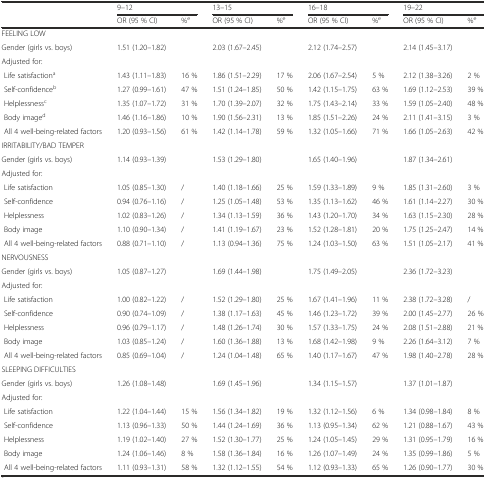
<table><thead><tr><td></td><td colspan="2"><b>9–12</b></td><td colspan="2"><b>13–15</b></td><td colspan="2"><b>16–18</b></td><td colspan="2"><b>19–22</b></td></tr><tr><td></td><td><b>OR (95 % CI)</b></td><td><b>%<sup>e</sup></b></td><td><b>OR (95 % CI)</b></td><td><b>%<sup>e</sup></b></td><td><b>OR (95 % CI)</b></td><td><b>%<sup>e</sup></b></td><td><b>OR (95 % CI)</b></td><td><b>%<sup>e</sup></b></td></tr></thead><tbody><tr><td>FEELING LOW</td><td></td><td></td><td></td><td></td><td></td><td></td><td></td><td></td></tr><tr><td>Gender (girls vs. boys)</td><td>1.51 (1.20–1.82)</td><td></td><td>2.03 (1.67–2.45)</td><td></td><td>2.12 (1.74–2.57)</td><td></td><td>2.14 (1.45–3.17)</td><td></td></tr><tr><td>Adjusted for:</td><td></td><td></td><td></td><td></td><td></td><td></td><td></td><td></td></tr><tr><td> Life satisfaction<sup>a</sup></td><td>1.43 (1.11–1.83)</td><td>16 %</td><td>1.86 (1.51–2.29)</td><td>17 %</td><td>2.06 (1.67–2.54)</td><td>5 %</td><td>2.12 (1.38–3.26)</td><td>2 %</td></tr><tr><td> Self-confidence<sup>b</sup></td><td>1.27 (0.99–1.61)</td><td>47 %</td><td>1.51 (1.24–1.85)</td><td>50 %</td><td>1.42 (1.15–1.75)</td><td>63 %</td><td>1.69 (1.12–2.53)</td><td>39 %</td></tr><tr><td> Helplessness<sup>c</sup></td><td>1.35 (1.07–1.72)</td><td>31 %</td><td>1.70 (1.39–2.07)</td><td>32 %</td><td>1.75 (1.43–2.14)</td><td>33 %</td><td>1.59 (1.05–2.40)</td><td>48 %</td></tr><tr><td> Body image<sup>d</sup></td><td>1.46 (1.16–1.86)</td><td>10 %</td><td>1.90 (1.56–2.31)</td><td>13 %</td><td>1.85 (1.51–2.26)</td><td>24 %</td><td>2.11 (1.41–3.15)</td><td>3 %</td></tr><tr><td> All 4 well-being-related factors</td><td>1.20 (0.93–1.56)</td><td>61 %</td><td>1.42 (1.14–1.78)</td><td>59 %</td><td>1.32 (1.05–1.66)</td><td>71 %</td><td>1.66 (1.05–2.63)</td><td>42 %</td></tr><tr><td>IRRITABILITY/BAD TEMPER</td><td></td><td></td><td></td><td></td><td></td><td></td><td></td><td></td></tr><tr><td>Gender (girls vs. boys)</td><td>1.14 (0.93–1.39)</td><td></td><td>1.53 (1.29–1.80)</td><td></td><td>1.65 (1.40–1.96)</td><td></td><td>1.87 (1.34–2.61)</td><td></td></tr><tr><td>Adjusted for:</td><td></td><td></td><td></td><td></td><td></td><td></td><td></td><td></td></tr><tr><td> Life satisfaction</td><td>1.05 (0.85–1.30)</td><td>/</td><td>1.40 (1.18–1.66)</td><td>25 %</td><td>1.59 (1.33–1.89)</td><td>9 %</td><td>1.85 (1.31–2.60)</td><td>3 %</td></tr><tr><td> Self-confidence</td><td>0.94 (0.76–1.16)</td><td>/</td><td>1.25 (1.05–1.48)</td><td>53 %</td><td>1.35 (1.13–1.62)</td><td>46 %</td><td>1.61 (1.14–2.27)</td><td>30 %</td></tr><tr><td> Helplessness</td><td>1.02 (0.83–1.26)</td><td>/</td><td>1.34 (1.13–1.59)</td><td>36 %</td><td>1.43 (1.20–1.70)</td><td>34 %</td><td>1.63 (1.15–2.30)</td><td>28 %</td></tr><tr><td> Body image</td><td>1.10 (0.90–1.34)</td><td>/</td><td>1.41 (1.19–1.67)</td><td>23 %</td><td>1.52 (1.28–1.81)</td><td>20 %</td><td>1.75 (1.25–2.47)</td><td>14 %</td></tr><tr><td> All 4 well-being-related factors</td><td>0.88 (0.71–1.10)</td><td>/</td><td>1.13 (0.94–1.36)</td><td>75 %</td><td>1.24 (1.03–1.50)</td><td>63 %</td><td>1.51 (1.05–2.17)</td><td>41 %</td></tr><tr><td>NERVOUSNESS</td><td></td><td></td><td></td><td></td><td></td><td></td><td></td><td></td></tr><tr><td>Gender (girls vs. boys)</td><td>1.05 (0.87–1.27)</td><td></td><td>1.69 (1.44–1.98)</td><td></td><td>1.75 (1.49–2.05)</td><td></td><td>2.36 (1.72–3.23)</td><td></td></tr><tr><td>Adjusted for:</td><td></td><td></td><td></td><td></td><td></td><td></td><td></td><td></td></tr><tr><td> Life satisfaction</td><td>1.00 (0.82–1.22)</td><td>/</td><td>1.52 (1.29–1.80)</td><td>25 %</td><td>1.67 (1.41–1.96)</td><td>11 %</td><td>2.38 (1.72–3.28)</td><td>/</td></tr><tr><td> Self-confidence</td><td>0.90 (0.74–1.09)</td><td>/</td><td>1.38 (1.17–1.63)</td><td>45 %</td><td>1.46 (1.23–1.72)</td><td>39 %</td><td>2.00 (1.45–2.77)</td><td>26 %</td></tr><tr><td> Helplessness</td><td>0.96 (0.79–1.17)</td><td>/</td><td>1.48 (1.26–1.74)</td><td>30 %</td><td>1.57 (1.33–1.75)</td><td>24 %</td><td>2.08 (1.51–2.88)</td><td>21 %</td></tr><tr><td> Body image</td><td>1.03 (0.85–1.24)</td><td>/</td><td>1.60 (1.36–1.88)</td><td>13 %</td><td>1.68 (1.42–1.98)</td><td>9 %</td><td>2.26 (1.64–3.12)</td><td>7 %</td></tr><tr><td> All 4 well-being-related factors</td><td>0.85 (0.69–1.04)</td><td>/</td><td>1.24 (1.04–1.48)</td><td>65 %</td><td>1.40 (1.17–1.67)</td><td>47 %</td><td>1.98 (1.40–2.78)</td><td>28 %</td></tr><tr><td>SLEEPING DIFFICULTIES</td><td></td><td></td><td></td><td></td><td></td><td></td><td></td><td></td></tr><tr><td>Gender (girls vs. boys)</td><td>1.26 (1.08–1.48)</td><td></td><td>1.69 (1.45–1.96)</td><td></td><td>1.34 (1.15–1.57)</td><td></td><td>1.37 (1.01–1.87)</td><td></td></tr><tr><td>Adjusted for:</td><td></td><td></td><td></td><td></td><td></td><td></td><td></td><td></td></tr><tr><td> Life satisfaction</td><td>1.22 (1.04–1.44)</td><td>15 %</td><td>1.56 (1.34–1.82)</td><td>19 %</td><td>1.32 (1.12–1.56)</td><td>6 %</td><td>1.34 (0.98–1.84)</td><td>8 %</td></tr><tr><td> Self-confidence</td><td>1.13 (0.96–1.33)</td><td>50 %</td><td>1.44 (1.24–1.69)</td><td>36 %</td><td>1.13 (0.95–1.34)</td><td>62 %</td><td>1.21 (0.88–1.67)</td><td>43 %</td></tr><tr><td> Helplessness</td><td>1.19 (1.02–1.40)</td><td>27 %</td><td>1.52 (1.30–1.77)</td><td>25 %</td><td>1.24 (1.05–1.45)</td><td>29 %</td><td>1.31 (0.95–1.79)</td><td>16 %</td></tr><tr><td> Body image</td><td>1.24 (1.06–1.46)</td><td>8 %</td><td>1.58 (1.36–1.84)</td><td>16 %</td><td>1.26 (1.07–1.49)</td><td>24 %</td><td>1.35 (0.99–1.86)</td><td>5 %</td></tr><tr><td> All 4 well-being-related factors</td><td>1.11 (0.93–1.31)</td><td>58 %</td><td>1.32 (1.12–1.55)</td><td>54 %</td><td>1.12 (0.93–1.33)</td><td>65 %</td><td>1.26 (0.90–1.77)</td><td>30 %</td></tr></tbody></table>